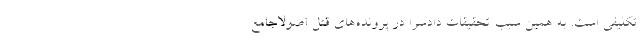
تکلیفی است. به همین سبب تحقیقات دادسرا در پرونده‌های قتل اصولاجامع